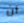
أن